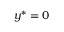
{ { y } ^ { * } } = 0